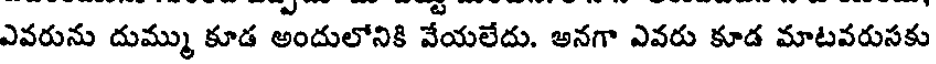
ఎవరును దుమ్ము కూడ అందులోనికి వేయలేదు. అనగా ఎవరు కూడ మాటవరుసకు